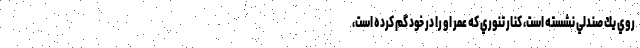
روي يك صندلي نشسته است، كنار تنوري كه عمر او را در خود گم كرده است،